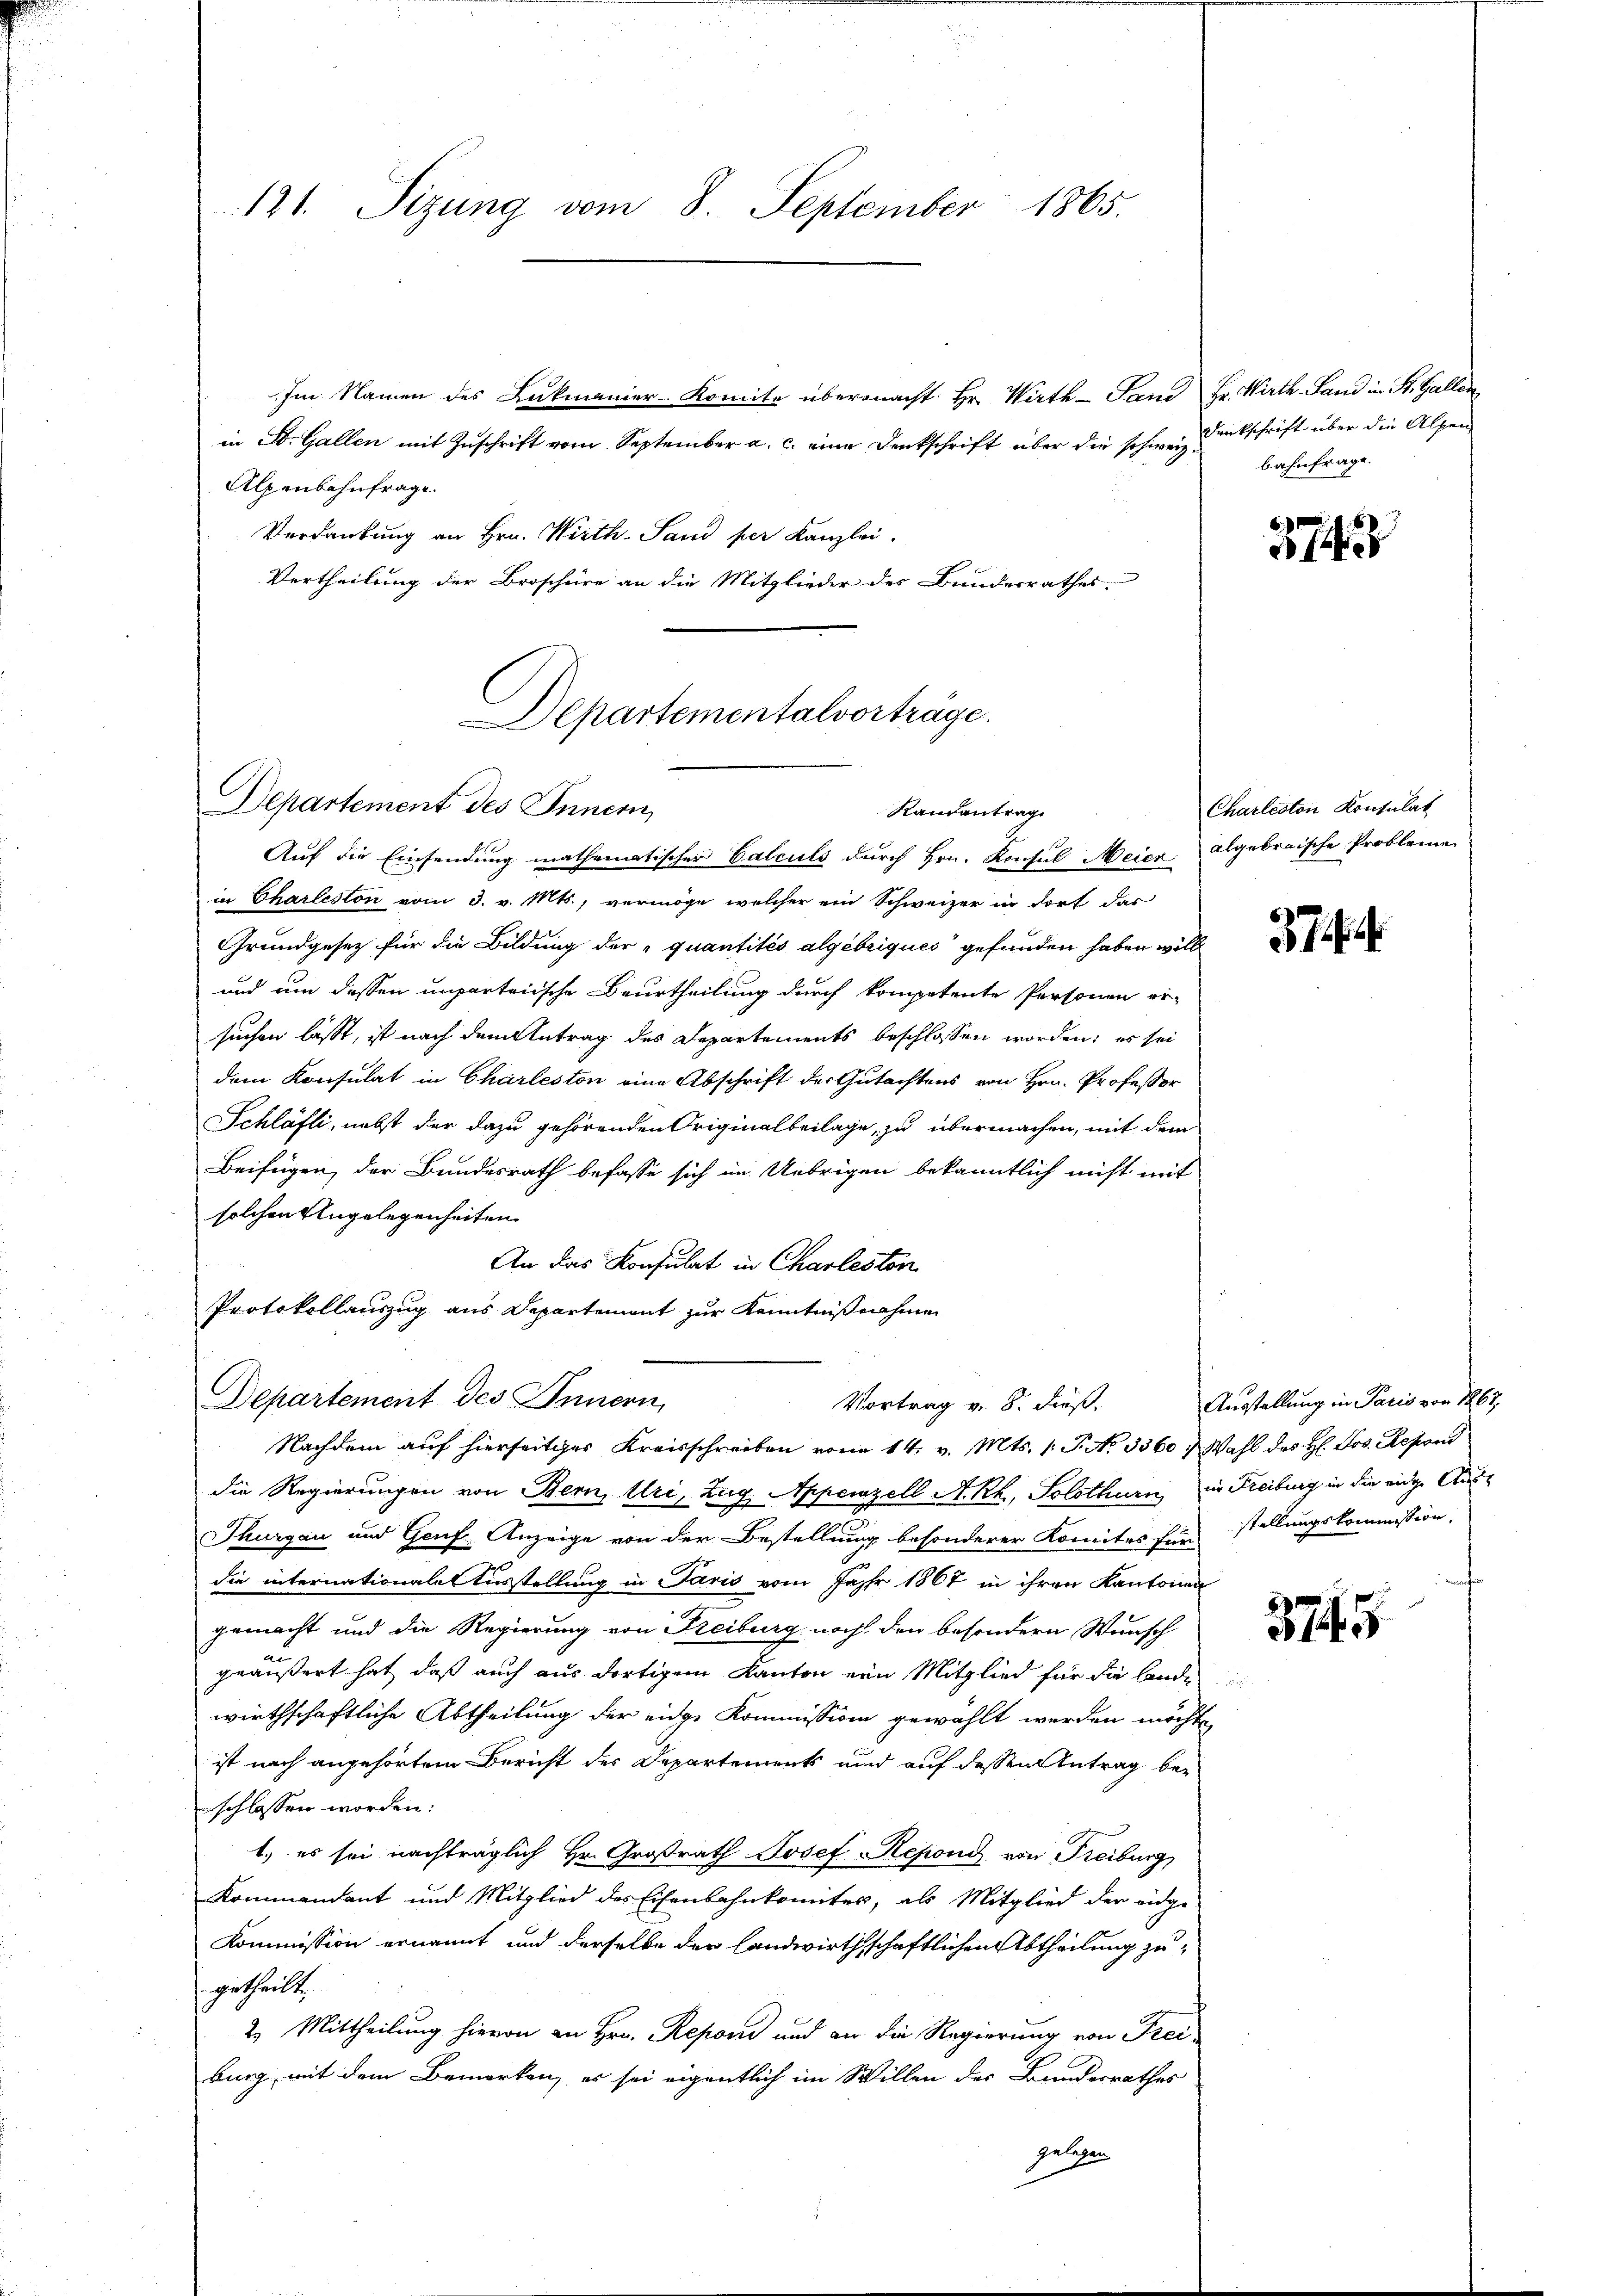
Im Namen des Lukmanier-Komite übermacht Hr. Wirth- Sand Hr. Wirth. Land in St. Gallen
in St. Gallen mit Zuschrift vom September a. c. eine Denkschrift über die schwere Denkschrift über die Alpen
Alpenbahnfrage.
Verdankung an Hrn. Wirth- Sand per Kanzlei.
Vertheilung der Broschüre an die Mitglieder des Bundesrathes.

Departementalvorträge.
Departement des Innern,
Randantrag
Auf die Einsendung mathematischer Calculs durch Hrn. Konsul Meier abgebraische Probleme

121. Sizung vom 8. September 1865.

Vortrag v. 8. dieß.

bahnfrage.

in Charleston vom 3. v. Mts., vermöge, welcher ein Schweizer in dort das
Grundgesetz für die Bildung der „quantités algebriques gefunden haben will
und um dessen unparteiische Beurtheilung durch kompetente Personen er-
suchen lässt, ist nach dem Antrag des Departements beschlossen worden; es sei
dem Konsulat in Charleston eine Abschrift der Gutachtens von Hrn. Professor
Schläfli, nebst der dazu gehörenden Originalbeilage, zu übermachen, mit dem
Beifügen, der Bundesrath befasse sich im Uebrigen bekanntlich nicht mit
solchen Angelegenheiten
An das Konsulat in Charleston
Protokollauszug aus Departement zur Kenntnißnahmen
Departement des Innern,
Nachdem auf hierseitiges Kreisschreiben von 14. v. Mts. 1. P. No 3360, Wahl des H. Jos. Respons
die Regierungen von Bern, Uri, Zug Appenzell A. Rh., Solothurn in Freiburg in die eidge Aus¬
Thurgau und Genf Anzeige von der Bestellung besonderer Komites für stellungskommission,
die internationale Ausstellung in Paris vom Jahr 1867 in ihren Kantonen
gemacht und die Regierung von Freiburg nach den besondern Wunsch
geäußert hat, daß auch aus dortigem Kanton ein Mitglied für die Lande
wirthschaftliche Abtheilung der eidge Kommission gewählt werden möchte
ist nach angehörtem Bericht des Departements und auf dessen Antrag beschlossen worden:
1.) es sei nachträglich Hr. Großrath Josef Repond von Freiburg,
Kommendant und Mitglied des Eisenbahnkomites, als Mitglied der eidge-
Kommission ernannt und derselbe der landwirthschaftlichen Abtheilung zugetheilt
2. Mittheilung hievon an Hrn. Reponi und an die Regierung von Frei-
burg, mit dem Bemerken, es sei eigentlich im Willen der Bundesrathes
gelegen

374

Charleston Konsulat

37 ff.

Ausstellung in Paris von 1867,

5745.